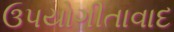
ઉપયોગીતાવાદ